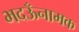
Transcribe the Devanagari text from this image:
भदऊँनामक